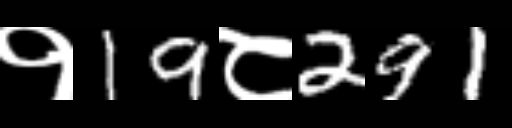
Text: १19८291